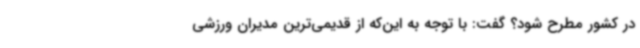
در کشور مطرح شود؟ گفت: با توجه به این‌که از قدیمی‌ترین مدیران ورزشی